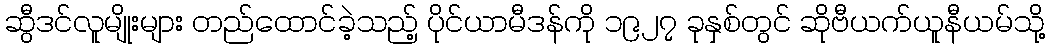
ဆွီဒင်လူမျိုးများ တည်ထောင်ခဲ့သည့် ပိုင်ယာမီဒန်ကို ၁၉၂၇ ခုနှစ်တွင် ဆိုဗီယက်ယူနီယမ်သို့